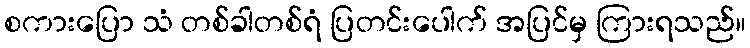
စကားပြော သံ တစ်ခါတစ်ရံ ပြတင်းပေါက် အပြင်မှ ကြားရသည်။